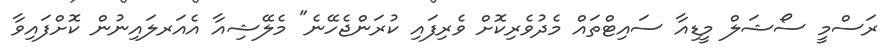
ރަސްމީ ސޯޝަލް މީޑިއާ ސައިޓްތައް މެދުވެރިކޮށް ވެރިފައި ކުރަންޖެހޭނެ" މެލޭޝިއާ އެއަރލައިނުން ކޮށްފައިވާ